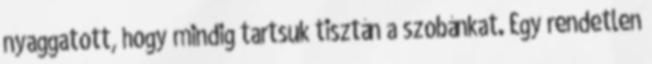
nyaggatott, hogy mindig tartsuk tisztán a szobánkat. Egy rendetlen